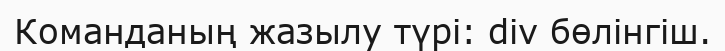
Команданың жазылу түрі: div бөлінгіш.